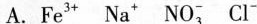
A.Fe^{3+} Na^{+} NO_{3}^{-} Cl^{-}